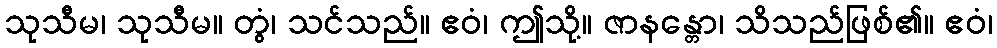
သုသီမ၊ သုသီမ။ တွံ၊ သင်သည်။ ဧဝံ၊ ဤသို့။ ဇာနန္တော၊ သိသည်ဖြစ်၏။ ဧဝံ၊